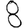
Digit: 8